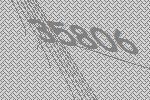
35806